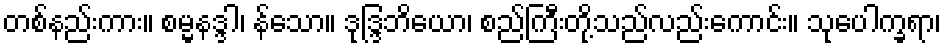
တစ်နည်းကား။ စမ္မနဒ္ဒါ၊ န်သော။ ဒုဒ္ဒြဘိယော၊ စည်ကြီးတို့သည်လည်းကောင်း။ သုပေါက္ခရာ၊